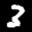
Label: 3